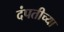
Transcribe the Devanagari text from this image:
दंपतीच्या